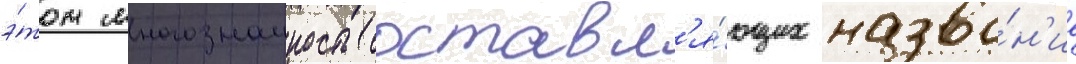
э́том многозначность составл'я́ющих назва́н'ие